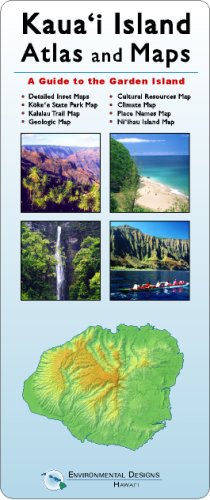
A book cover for Kauai Island Atlas and Maps; Robert Siemers; Travel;